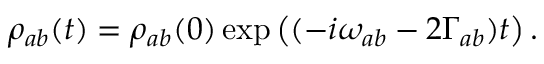
\rho _ { a b } ( t ) = \rho _ { a b } ( 0 ) \exp \left( ( - i \omega _ { a b } - 2 \Gamma _ { a b } ) t \right) .